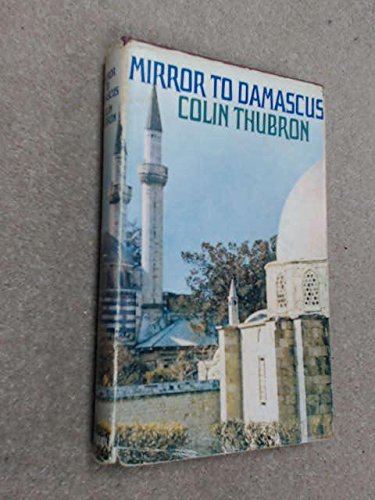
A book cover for Mirror to Damascus; Colin Thubron; Travel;